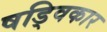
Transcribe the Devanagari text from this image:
षड्विकार